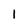
Character: 1